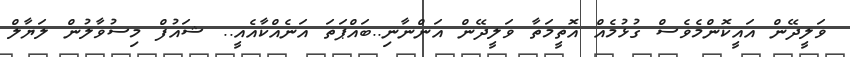
ވަލީދޭން އައީކޮންމެވެސް ގުޅުމެއް އޮތީމަތާ ވަލީދޭން އަންނާނި..ބައްޕަތަ އަނެއްކާއެއީ.. ޝައުފް މިސުވާލުން ލަޔާލް